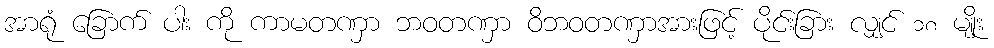
အာရုံ ခြောက် ပါး ကို ကာမတဏှာ ဘဝတဏှာ ဝိဘဝတဏှာအားဖြင့် ပိုင်းခြား လျှင် ၁၈ မျိုး